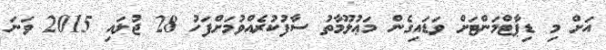
އަށް މި ޑިޕާޓްމަންޓަށް ވަޑައިގެން މަޢުލޫމާތު ސާފުކުރެއްވުމަށްފަހު 28 ޖުލައި 2015 ވަނަ